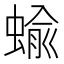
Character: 蝓